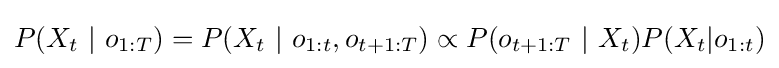
P(X_{t}\ |\ o_{1:T})=P(X_{t}\ |\ o_{1:t},o_{t+1:T})\propto P(o_{t+1:T}\ |\ X_{t})P(X_{t}|o_{1:t})